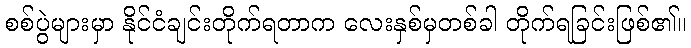
စစ်ပွဲများမှာ နိုင်ငံချင်းတိုက်ရတာက လေးနှစ်မှတစ်ခါ တိုက်ရခြင်းဖြစ်၏။